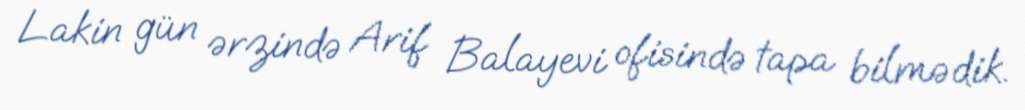
Lakin gün ərzində Arif Balayevi ofisində tapa bilmədik.